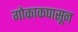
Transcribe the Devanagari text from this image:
गोकाकपासून